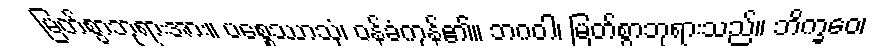
မြတ်စွာဘုရားအား။ ပစ္စေဿာသုံ၊ ဝန်ခံကုန်၏။ ဘဂဝါ၊ မြတ်စွာဘုရားသည်။ ဘိက္ခဝေ၊